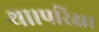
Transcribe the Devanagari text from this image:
था।परिक्षा